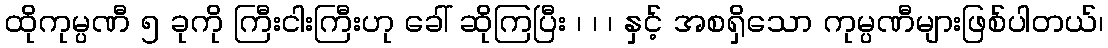
ထိုကုမ္ပဏီ ၅ ခုကို ကြီးငါးကြီးဟု ခေါ် ဆိုကြပြီး ၊ ၊ ၊ နှင့် အစရှိသော ကုမ္ပဏီများဖြစ်ပါတယ်၊